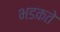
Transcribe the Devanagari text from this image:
भडकते